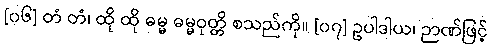
[၀၆] တံ တံ၊ ထို ထို ဓမ္မ ဓမ္မဝုတ္တိ စသည်ကို။ [၀၇] ဥပါဒါယ၊ ဉာဏ်ဖြင့်